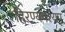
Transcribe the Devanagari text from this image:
हिरण्यपश्यपू